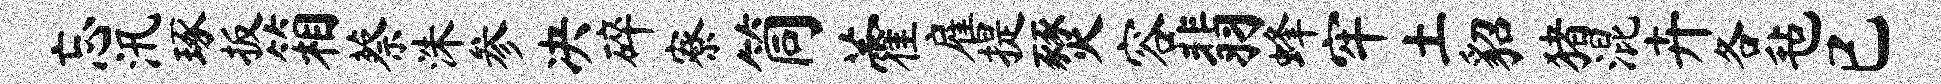
忘汛琢扳箱蔡洙参决碎寮筒藿雇提燹容翡蜂牢土貂猪混卉各毡已